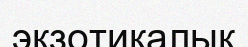
экзотикалық